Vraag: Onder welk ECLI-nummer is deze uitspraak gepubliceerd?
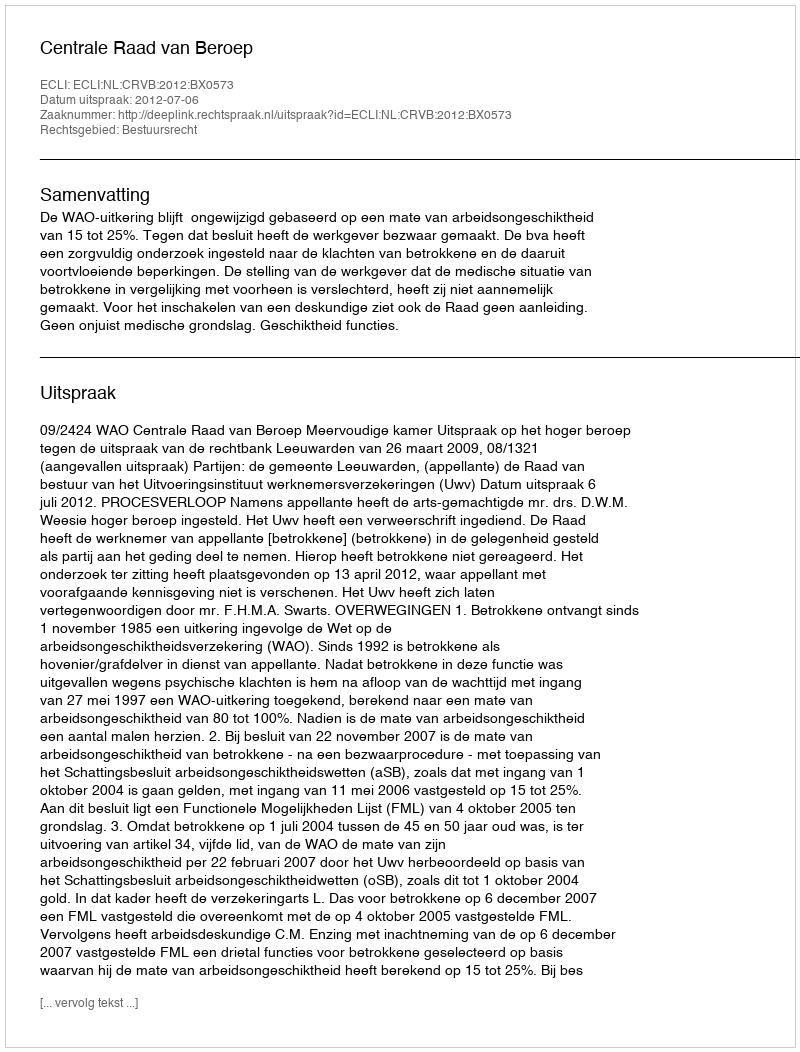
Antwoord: ECLI:NL:CRVB:2012:BX0573